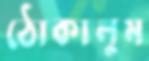
ঠোকালুম